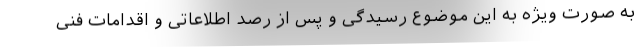
به صورت ویژه به این موضوع رسیدگی و پس از رصد اطلاعاتی و اقدامات فنی